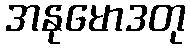
အနုမောဒတု